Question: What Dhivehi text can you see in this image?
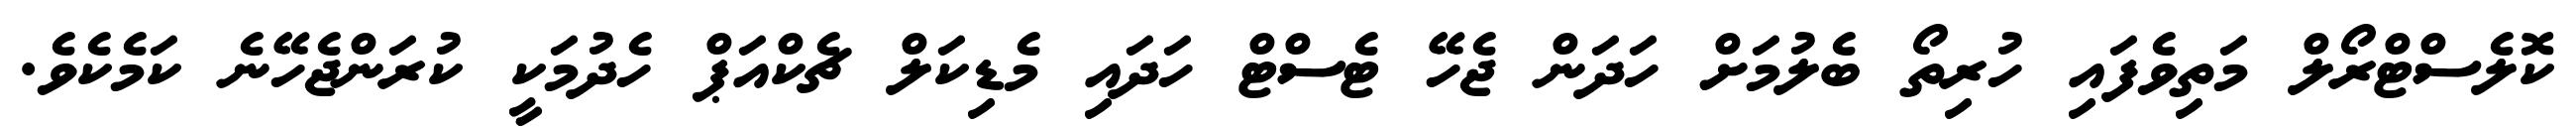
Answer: ކޮލެސްޓްރޯލް މަތިވެފައި ހުރިތޯ ބެލުމަށް ހަދަން ޖެހޭ ޓެސްޓް ހަދައި މެޑިކަލް ޗެކްއަޕް ހެދުމަކީ ކުރަންޖެހޭނެ ކަމެކެވެ.